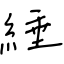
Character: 綞